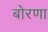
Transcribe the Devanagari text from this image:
बोरणा